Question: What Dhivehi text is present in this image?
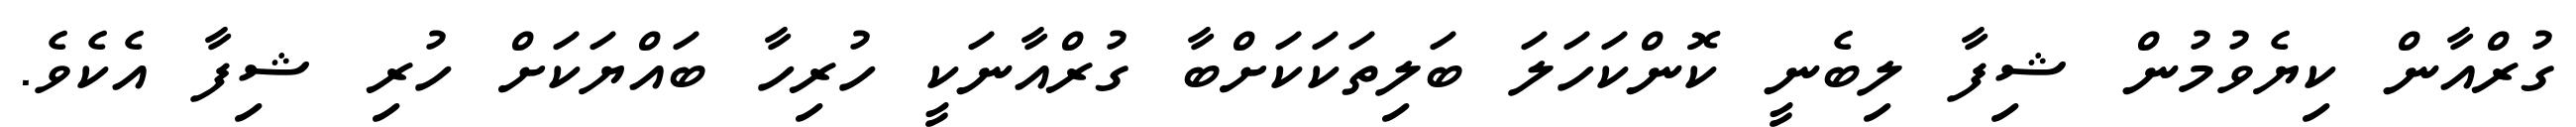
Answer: ގުރްއާން ކިޔެވުމުން ޝިފާ ލިބެނީ ކޮންކަހަލަ ބަލިތަކަކަށްބާ ގުރްއާނަކީ ހުރިހާ ބައްޔަކަށް ހުރި ޝިފާ އެކެވެ.